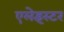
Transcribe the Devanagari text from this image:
एलेइस्टर